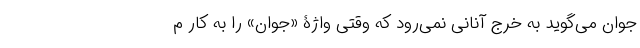
جوان می‌گوید به خرج آنانی نمی‌رود که وقتی واژۀ «جوان» را به کار م